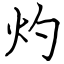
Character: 灼